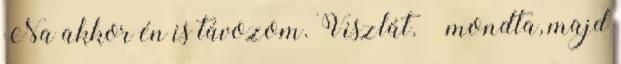
Na akkor én is távozom. Viszlát. – mondta, majd